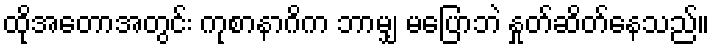
ထိုအတောအတွင်း ကုစာနာဂိက ဘာမျှ မပြောဘဲ နှုတ်ဆိတ်နေသည်။